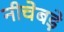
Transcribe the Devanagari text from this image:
नीचेबड़े